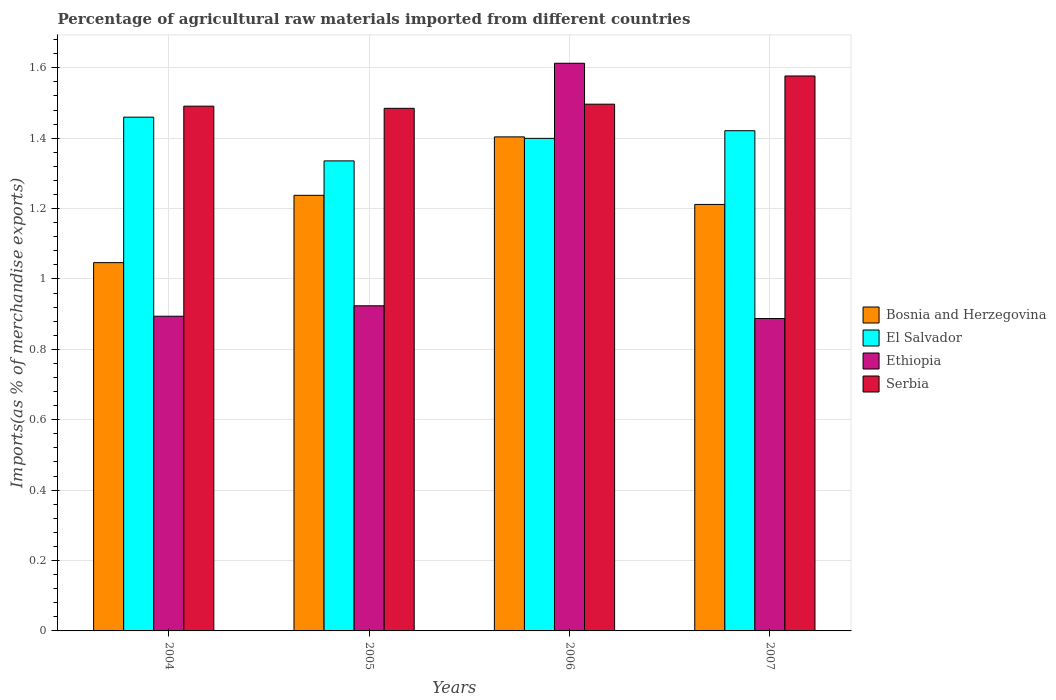
| Years | Bosnia and Herzegovina | El Salvador | Ethiopia | Serbia |
 | --- | --- | --- | --- | --- |
 | 2004 | 1.05 | 1.46 | 0.894 | 1.49 |
 | 2005 | 1.24 | 1.34 | 0.924 | 1.48 |
 | 2006 | 1.4 | 1.4 | 1.61 | 1.5 |
 | 2007 | 1.21 | 1.42 | 0.888 | 1.58 |